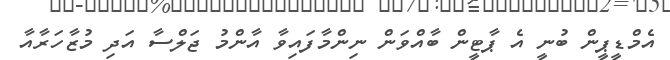
އެމްޑީޕީން ބުނީ އެ ޕާޓީން ބާއްވަން ނިންމާފައިވާ އާންމު ޖަލްސާ އަދި މުޒާހަރާއާ